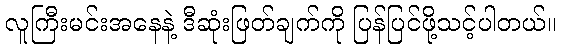
လူကြီးမင်းအနေနဲ့ ဒီဆုံးဖြတ်ချက်ကို ပြန်ပြင်ဖို့သင့်ပါတယ်။